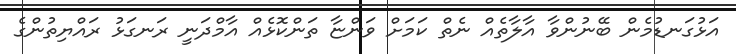
އަޅުގަނޑުމެން ބޭނުންވާ އާލާތެއް ނެތް ކަމަށް ވަންޏާ ތަންކޮޅެއް އާމްދަނީ ރަނގަޅު ރައްޔިތުންގެ